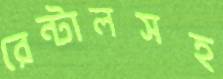
রেন্টালসহ